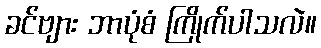
ခင်ဗျား ဘာပုံစံ ကြိုက်ပါသလဲ။